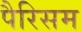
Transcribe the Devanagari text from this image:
पैरिसम